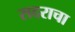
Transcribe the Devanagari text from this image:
सदराचा